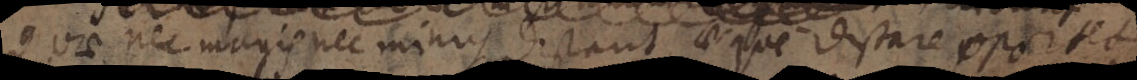
Quae nec magis nec minus distant aeque distare oportet